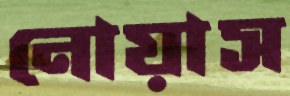
নোয়াস